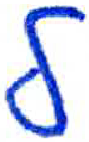
אות: ל